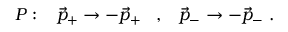
{ \cal P } : \; \; \; \vec { p } _ { + } \rightarrow - \vec { p } _ { + } \; \; \; , \; \; \; \vec { p } _ { - } \rightarrow - \vec { p } _ { - } \; .